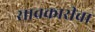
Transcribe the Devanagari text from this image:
सावकारीचा